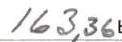
163,36